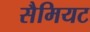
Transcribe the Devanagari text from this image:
सैमियट